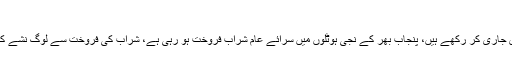
درخواست گزار نے
موقف اختیار کیا کہ محکمہ ایکسائز نے شراب کی فروخت کے لیے نجی ہوٹلوں کو لائسنس جاری کر رکھے ہیں، پنجاب بھر کے نجی ہوٹلوں میں سرائے عام شراب فروخت ہو رہی ہے، شراب کی فروخت سے لوگ نشے کے عادی ہو رہے ہیں،شراب فروخت کرنا آئین کے آرٹیکل 2اور 37کی خلاف ورزی ہے ۔